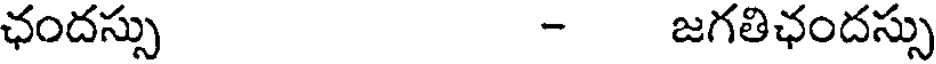
ఛందస్సు - జగతిఛందస్సు